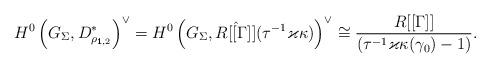
LaTeX: \begin{align*} H^0\left(G_\Sigma,D^*_{\rho_{\pmb{1},2}}\right)^\vee = H^0\left(G_\Sigma, \hat{R[[\Gamma]]}(\tau^{-1} \varkappa \kappa) \right)^\vee \cong \frac{R[[\Gamma]]}{\left(\tau^{-1} \varkappa \kappa(\gamma_0)-1\right)}.\end{align*}